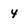
Character: 4